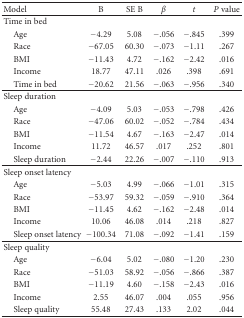
| Model | B | SE B | β | t | P value |
 | --- | --- | --- | --- | --- | --- |
 | Time in bed |  |  |  |  |  |
 | Age | −4.29 | 5.08 | −.056 | −.845 | .399 |
 | Race | −67.05 | 60.30 | −.073 | −1.11 | .267 |
 | BMI | −11.43 | 4.72 | −.162 | −2.42 | .016 |
 | Income | 18.77 | 47.11 | .026 | .398 | .691 |
 | Time in bed | −20.62 | 21.56 | −.063 | −.956 | .340 |
 | Sleep duration |  |  |  |  |  |
 | Age | −4.09 | 5.03 | −.053 | −.798 | .426 |
 | Race | −47.06 | 60.02 | −.052 | −.784 | .434 |
 | BMI | −11.54 | 4.67 | −.163 | −2.47 | .014 |
 | Income | 11.72 | 46.57 | .017 | .252 | .801 |
 | Sleep duration | −2.44 | 22.26 | −.007 | −.110 | .913 |
 | Sleep onset latency |  |  |  |  |  |
 | Age | −5.03 | 4.99 | −.066 | −1.01 | .315 |
 | Race | −53.97 | 59.32 | −.059 | −.910 | .364 |
 | BMI | −11.45 | 4.62 | −.162 | −2.48 | .014 |
 | Income | 10.06 | 46.08 | .014 | .218 | .827 |
 | Sleep onset latency | −100.34 | 71.08 | −.092 | −1.41 | .159 |
 | Sleep quality |  |  |  |  |  |
 | Age | −6.04 | 5.02 | −.080 | −1.20 | .230 |
 | Race | −51.03 | 58.92 | −.056 | −.866 | .387 |
 | BMI | −11.19 | 4.60 | −.158 | −2.43 | .016 |
 | Income | 2.55 | 46.07 | .004 | .055 | .956 |
 | Sleep quality | 55.48 | 27.43 | .133 | 2.02 | .044 |